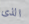
الذى